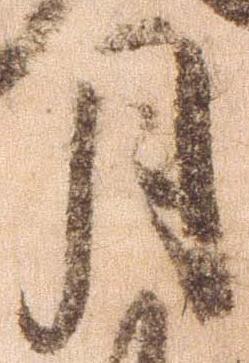
月